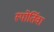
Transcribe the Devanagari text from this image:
स्पोर्तिवा